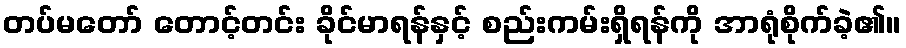
တပ်မတော် တောင့်တင်း ခိုင်မာရန်နှင့် စည်းကမ်းရှိရန်ကို အာရုံစိုက်ခဲ့၏။